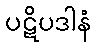
ပဋိပဒါနံ